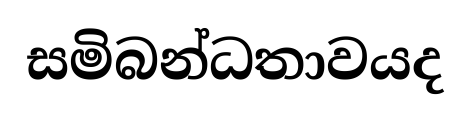
සමිබන්ධතාවයද